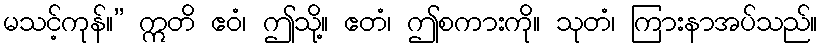
မသင့်ကုန်။” ဣတိ ဧဝံ၊ ဤသို့။ ဧတံ၊ ဤစကားကို။ သုတံ၊ ကြားနာအပ်သည်။